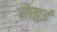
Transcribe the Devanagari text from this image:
सेखुई